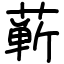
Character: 蕲